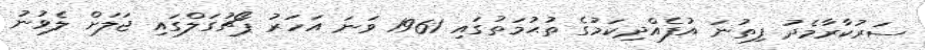
ސަރުކާރާމެދު ފިތުނަ އުފެއްދިކަމުގެ ތުޙުމަތުގައި 1961 ވަނަ އަހަރު ޕޯޗުގަލްގައި ޖަލަށް ލެވުނު